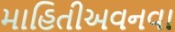
માહિતીઅવનવા